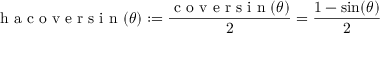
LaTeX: { \textrm { h a c o v e r s i n } } ( \theta ) : = { \frac { { \textrm { c o v e r s i n } } ( \theta ) } { 2 } } = { \frac { 1 - \sin ( \theta ) } { 2 } }